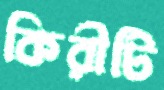
কিরীটি